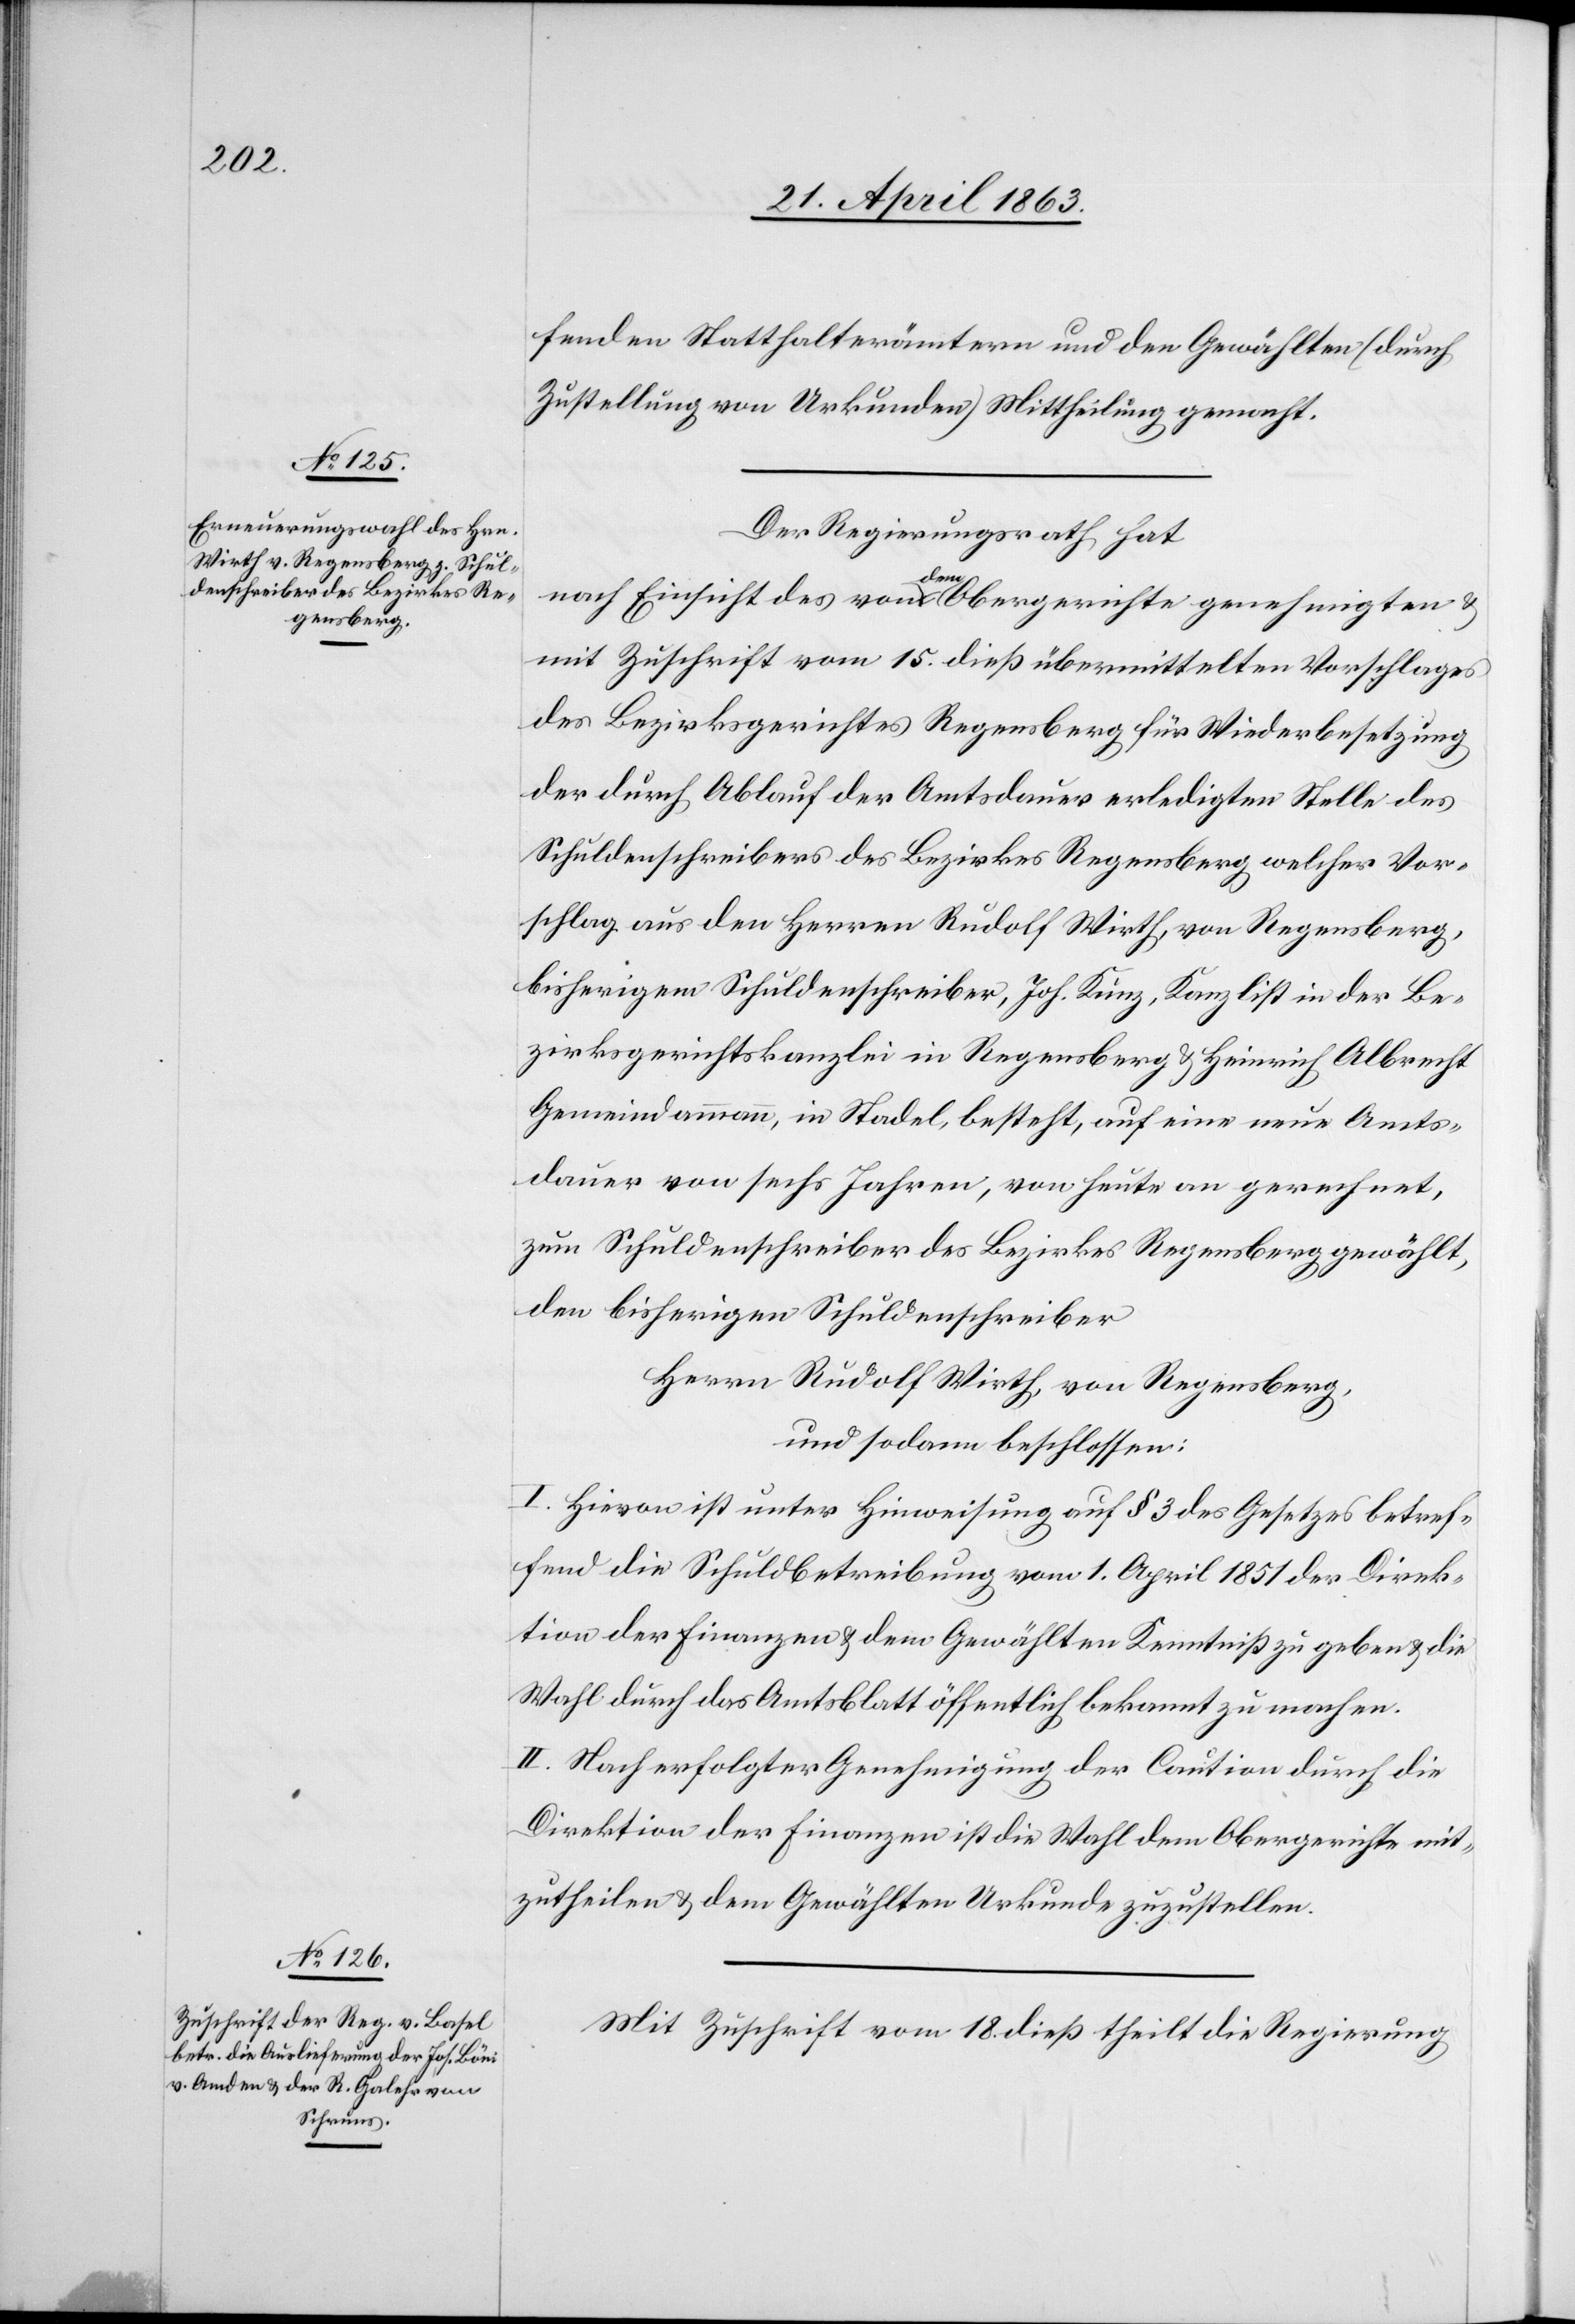
fenden Statthalterämtern und den Gewählten (durch
Zustellung von Urkunden) Mittheilung gemacht.
Der Regierungsrath hat
nach Einsicht des von dem Obergerichte genehmigten &
mit Zuschrift vom 15. dieß übermittelten Vorschlages
des Bezirksgerichtes Regensberg für Wiederbesetzung
der durch Ablauf der Amtsdauer erledigten Stelle des
Schuldenschreibers des Bezirkes Regensberg welcher Vor¬
schlag aus den Herren Rudolf Wirth, von Regensberg,
bisherigem Schuldenschreiber, Joh. Kunz, Kanzlist der Be¬
zirksgerichtskanzlei in Regensberg & Heinrich Albrecht
Gemeindammann, in Stadel, besteht, auf eine neue Amts¬
dauer von sechs Jahren, von heute an gerechnet,
zum Schuldenschreiber des Bezirkes Regensberg gewählt,
den bisherigen Schuldenschreiber
Herrn Rudolf Wirth, von Regensberg,
und sodann beschlossen:
I. Hievon ist unter Hinweisung auf § 3 des Gesetzes betref¬
fend die Schuldbetreibung vom 1. April 1851 der Direk¬
tion der Finanzen & dem Gewählten Kenntniß zu geben & die
Wahl durch das Amtsblatt öffentlich bekannt zu machen.
II. Nach erfolgter Genehmigung der Caution durch die
Direktion der Finanzen ist die Wahl dem Obergerichte mit¬
zutheilen & dem Gewählten Urkunde zuzustellen.
Mit Zuschrift vom 18. dieß theilt die Regierung